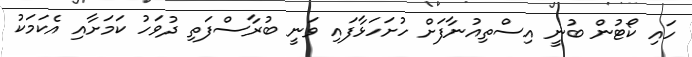
ހައި ކޯޓުން ބުނީ އިސްތިއުނާފަށް ހުށަހަޅާފައި ވަނީ ބުރާސްފަތި ދުވަހު ކަމަށާއި އެކަމަކު